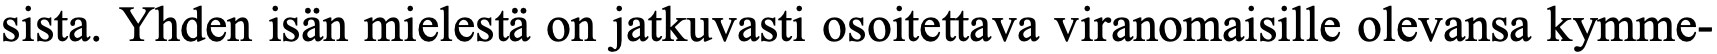
sista. Yhden isän mielestä on jatkuvasti osoitettava viranomaisille olevansa kymme-